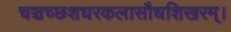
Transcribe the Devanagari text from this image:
चञ्चच्छशधरकलासौधशिखरम्।